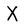
Character: X